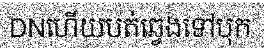
DNហើយបត់ឆ្វេងទៅបុក